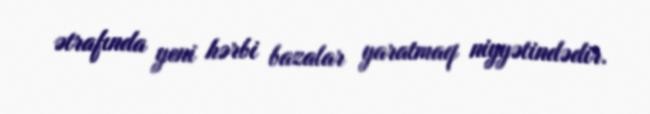
ətrafında yeni hərbi bazalar yaratmaq niyyətindədir.